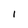
Character: 1